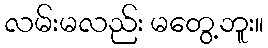
လမ်းမလည်း မတွေ့ဘူး။